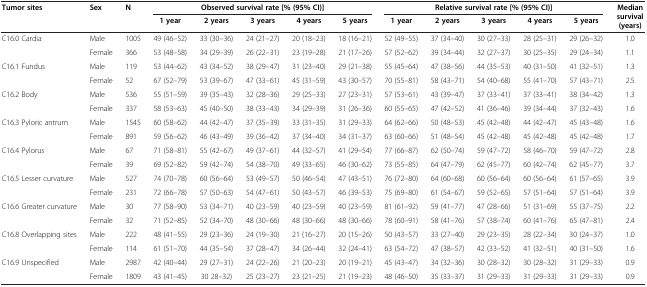
<table><thead><tr><td rowspan="2"><b>Tumor sites</b></td><td rowspan="2"><b>Sex</b></td><td rowspan="2"><b>N</b></td><td colspan="5"><b>Observed survival rate [% (95% CI)]</b></td><td colspan="5"><b>Relative survival rate [% (95% CI)]</b></td><td rowspan="2"><b>Median survival (years)</b></td></tr><tr><td><b>1 year</b></td><td><b>2 years</b></td><td><b>3 years</b></td><td><b>4 years</b></td><td><b>5 years</b></td><td><b>1 year</b></td><td><b>2 years</b></td><td><b>3 years</b></td><td><b>4 years</b></td><td><b>5 years</b></td></tr></thead><tbody><tr><td>C16.0 Cardia</td><td>Male</td><td>1005</td><td>49 (46–52)</td><td>33 (30–36)</td><td>24 (21–27)</td><td>20 (18–23)</td><td>18 (16–21)</td><td>52 (49–55)</td><td>37 (34–40)</td><td>30 (27–33)</td><td>28 (25–31)</td><td>29 (26–32)</td><td>1.0</td></tr><tr><td> </td><td>Female</td><td>366</td><td>53 (48–58)</td><td>34 (29–39)</td><td>26 (22–31)</td><td>23 (19–28)</td><td>21 (17–26)</td><td>57 (52–62)</td><td>39 (34–44)</td><td>32 (27–37)</td><td>30 (25–35)</td><td>29 (24–34)</td><td>1.1</td></tr><tr><td>C16.1 Fundus</td><td>Male</td><td>119</td><td>53 (44–62)</td><td>43 (34–52)</td><td>38 (29–47)</td><td>31 (23–40)</td><td>29 (21–38)</td><td>55 (45–64)</td><td>47 (38–56)</td><td>44 (35–53)</td><td>40 (31–50)</td><td>41 (32–51)</td><td>1.3</td></tr><tr><td> </td><td>Female</td><td>52</td><td>67 (52–79)</td><td>53 (39–67)</td><td>47 (33–61)</td><td>45 (31–59)</td><td>43 (30–57)</td><td>70 (55–81)</td><td>58 (43–71)</td><td>54 (40–68)</td><td>55 (41–70)</td><td>57 (43–71)</td><td>2.5</td></tr><tr><td>C16.2 Body</td><td>Male</td><td>536</td><td>55 (51–59)</td><td>39 (35–43)</td><td>32 (28–36)</td><td>29 (25–33)</td><td>27 (23–31)</td><td>57 (53–61)</td><td>43 (39–47)</td><td>37 (33–41)</td><td>37 (33–41)</td><td>38 (34–42)</td><td>1.3</td></tr><tr><td> </td><td>Female</td><td>337</td><td>58 (53–63)</td><td>45 (40–50)</td><td>38 (33–43)</td><td>34 (29–39)</td><td>31 (26–36)</td><td>60 (55–65)</td><td>47 (42–52)</td><td>41 (36–46)</td><td>39 (34–44)</td><td>37 (32–43)</td><td>1.6</td></tr><tr><td>C16.3 Pyloric antrum</td><td>Male</td><td>1545</td><td>60 (58–62)</td><td>44 (42–47)</td><td>37 (35–39)</td><td>33 (31–35)</td><td>31 (29–33)</td><td>64 (62–66)</td><td>50 (48–53)</td><td>45 (42–48)</td><td>44 (42–47)</td><td>45 (43–48)</td><td>1.6</td></tr><tr><td> </td><td>Female</td><td>891</td><td>59 (56–62)</td><td>46 (43–49)</td><td>39 (36–42)</td><td>37 (34–40)</td><td>34 (31–37)</td><td>63 (60–66)</td><td>51 (48–54)</td><td>45 (42–48)</td><td>45 (42–48)</td><td>45 (42–48)</td><td>1.7</td></tr><tr><td>C16.4 Pylorus</td><td>Male</td><td>67</td><td>71 (58–81)</td><td>55 (42–67)</td><td>49 (37–61)</td><td>44 (32–57)</td><td>41 (29–54)</td><td>77 (66–87)</td><td>62 (50–74)</td><td>59 (47–72)</td><td>58 (46–70)</td><td>59 (47–72)</td><td>2.8</td></tr><tr><td> </td><td>Female</td><td>39</td><td>69 (52–82)</td><td>59 (42–74)</td><td>54 (38–70)</td><td>49 (33–65)</td><td>46 (30–62)</td><td>73 (55–85)</td><td>64 (47–79)</td><td>62 (45–77)</td><td>60 (42–74)</td><td>62 (45–77)</td><td>3.7</td></tr><tr><td>C16.5 Lesser curvature</td><td>Male</td><td>527</td><td>74 (70–78)</td><td>60 (56–64)</td><td>53 (49–57)</td><td>50 (46–54)</td><td>47 (43–51)</td><td>76 (72–80)</td><td>64 (60–68)</td><td>60 (56–64)</td><td>60 (56–64)</td><td>61 (57–65)</td><td>3.9</td></tr><tr><td> </td><td>Female</td><td>231</td><td>72 (66–78)</td><td>57 (50–63)</td><td>54 (47–61)</td><td>50 (43–57)</td><td>46 (39–53)</td><td>75 (69–80)</td><td>61 (54–67)</td><td>59 (52–65)</td><td>57 (51–64)</td><td>57 (51–64)</td><td>3.9</td></tr><tr><td>C16.6 Greater curvature</td><td>Male</td><td>30</td><td>77 (58–90)</td><td>53 (34–71)</td><td>40 (23–59)</td><td>40 (23–59)</td><td>40 (23–59)</td><td>81 (61–92)</td><td>59 (41–77)</td><td>47 (28–66)</td><td>51 (31–69)</td><td>55 (37–75)</td><td>2.2</td></tr><tr><td> </td><td>Female</td><td>32</td><td>71 (52–85)</td><td>52 (34–70)</td><td>48 (30–66)</td><td>48 (30–66)</td><td>48 (30–66)</td><td>78 (60–91)</td><td>58 (41–76)</td><td>57 (38–74)</td><td>60 (41–76)</td><td>65 (47–81)</td><td>2.4</td></tr><tr><td>C16.8 Overlapping sites</td><td>Male</td><td>222</td><td>48 (41–55)</td><td>29 (23–36)</td><td>24 (19–30)</td><td>21 (16–27)</td><td>20 (15–26)</td><td>50 (43–57)</td><td>33 (27–40)</td><td>29 (23–35)</td><td>28 (22–34)</td><td>30 (24–37)</td><td>1.0</td></tr><tr><td> </td><td>Female</td><td>114</td><td>61 (51–70)</td><td>44 (35–54)</td><td>37 (28–47)</td><td>34 (26–44)</td><td>32 (24–41)</td><td>63 (54–72)</td><td>47 (38–57)</td><td>42 (33–52)</td><td>41 (32–51)</td><td>40 (31–50)</td><td>1.6</td></tr><tr><td>C16.9 Unspecified</td><td>Male</td><td>2987</td><td>42 (40–44)</td><td>29 (27–31)</td><td>24 (22–26)</td><td>21 (20–23)</td><td>20 (19–21)</td><td>45 (43–47)</td><td>34 (32–36)</td><td>30 (28–32)</td><td>30 (28–32)</td><td>31 (29–33)</td><td>0.9</td></tr><tr><td> </td><td>Female</td><td>1809</td><td>43 (41–45)</td><td>30 28–32)</td><td>25 (23–27)</td><td>23 (21–25)</td><td>21 (19–23)</td><td>48 (46–50)</td><td>35 (33–37)</td><td>31 (29–33)</td><td>31 (29–33)</td><td>31 (29–33)</td><td>0.9</td></tr></tbody></table>